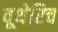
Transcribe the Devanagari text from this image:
वूथेरिच